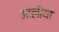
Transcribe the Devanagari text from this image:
आलीया